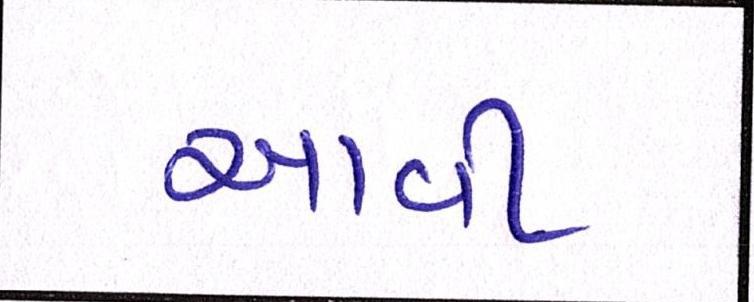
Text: આવી